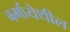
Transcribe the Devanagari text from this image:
बर्मायेथील